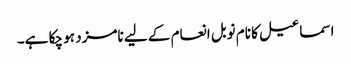
اسماعیل کا نام نوبل انعام کے لیے نامزد ہو چکا ہے۔